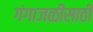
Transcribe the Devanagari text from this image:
गंगाजळीसाठी